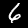
Label: 6